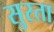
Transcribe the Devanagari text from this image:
सुरता